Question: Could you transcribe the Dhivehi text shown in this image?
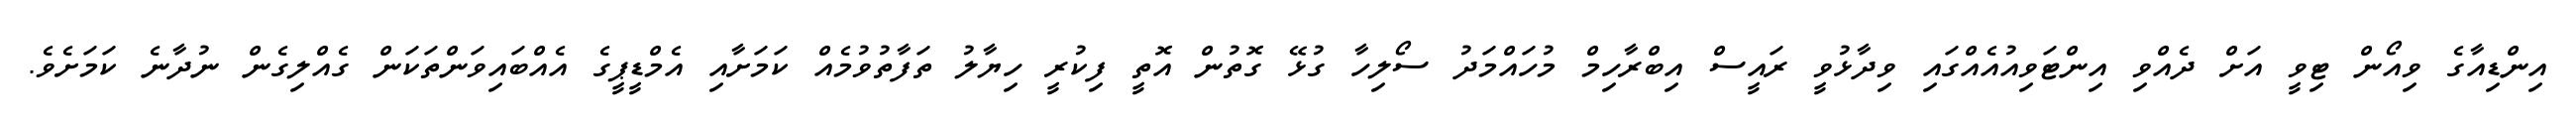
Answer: އިންޑިއާގެ ވިއޯން ޓިވީ އަށް ދެއްވި އިންޓަވިއުއެއްގައި ވިދާޅުވީ ރައީސް އިބްރާހިމް މުހައްމަދު ސޯލިހާ ގުޅޭ ގޮތުން އޮތީ ފިކުރީ ހިޔާލު ތަފާތުވުމެއް ކަމަށާއި އެމްޑީޕީގެ އެއްބައިވަންތަކަން ގެއްލިގެން ނުދާނެ ކަމަށެވެ.